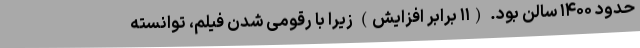
حدود ۱۴۰۰ سالن بود. (۱۱ برابر افزایش) زیرا با رقومی شدن فیلم، توانسته